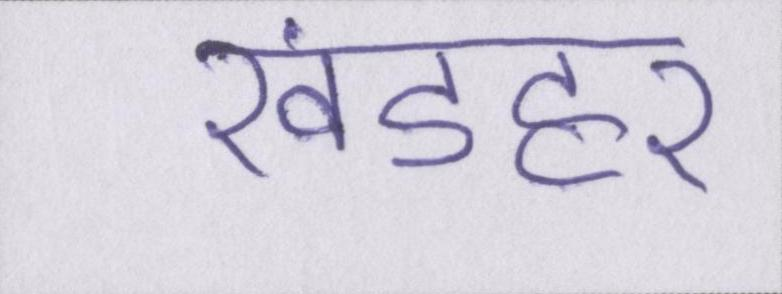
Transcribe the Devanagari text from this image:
खंडहर